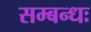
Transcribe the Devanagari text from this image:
सम्बन्धः